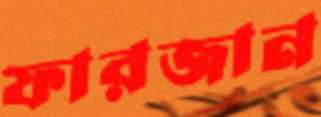
ফারজান